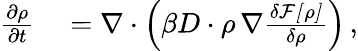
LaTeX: \begin{array}{rl}{\frac{\partial\rho}{\partial t}}&{{}=\nabla\cdot\left(\beta D\cdot\rho\, \nabla\frac{\delta\mathcal{F[\rho]}}{\delta\rho}\right)\, ,}\end{array}